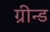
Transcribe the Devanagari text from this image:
ग्रीन्ड